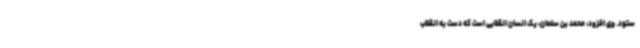
ستود. وی افزود: محمد بن سلمان، یک انسان انقلابی است که دست به انقلاب